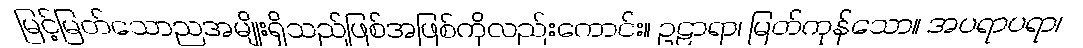
မြင့်မြတ်သောညအမျိုးရှိသည်ဖြစ်အဖြစ်ကိုလည်းကောင်း။ ဥဠာရာ၊ မြတ်ကုန်သော။ အပရာပရာ၊